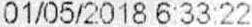
01/05/2018 6:33:22